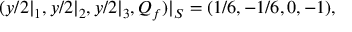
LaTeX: ( y / 2 | _ { 1 } , y / 2 | _ { 2 } , y / 2 | _ { 3 } , Q _ { f } ) | _ { S } = ( 1 / 6 , - 1 / 6 , 0 , - 1 ) ,